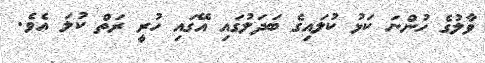
ވާލުގެ ހުންނަ ކަޅު ކުލައިގެ ބަދަލުގައި އޭގައި ހުރީ ރަތް ކުލަ އެވެ.